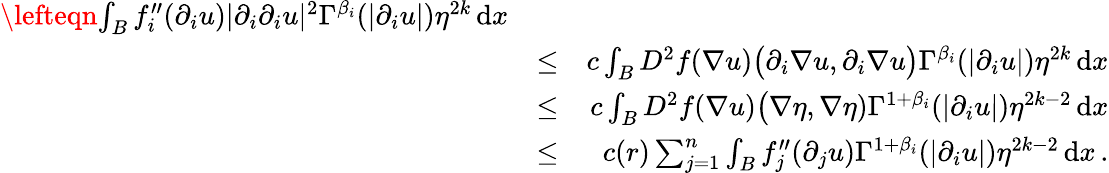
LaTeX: \begin{array}{rlr}{\lefteqn{\int_{B}f_{i}^{\prime\prime}(\partial_{i}u)|\partial_{i}\partial_{i}u|^{2}\Gamma^{\beta_{i}}(|\partial_{i}u|)\eta^{2k}\, \mathrm{d}x}}\\ &{\leq}&{c\int_{B}D^{2}f(\nabla u)\big(\partial_{i}\nabla u,\partial_{i}\nabla u\big)\Gamma^{\beta_{i}}(|\partial_{i}u|)\eta^{2k}\, \mathrm{d}x}\\ &{\leq}&{c\int_{B}D^{2}f(\nabla u)\big(\nabla\eta,\nabla\eta)\Gamma^{1+\beta_{i}}(|\partial_{i}u|)\eta^{2k-2}\, \mathrm{d}x}\\ &{\leq}&{c(r)\sum_{j=1}^{n}\int_{B}f_{j}^{\prime\prime}(\partial_{j}u)\Gamma^{1+\beta_{i}}(|\partial_{i}u|)\eta^{2k-2}\, \mathrm{d}x\, .}\end{array}